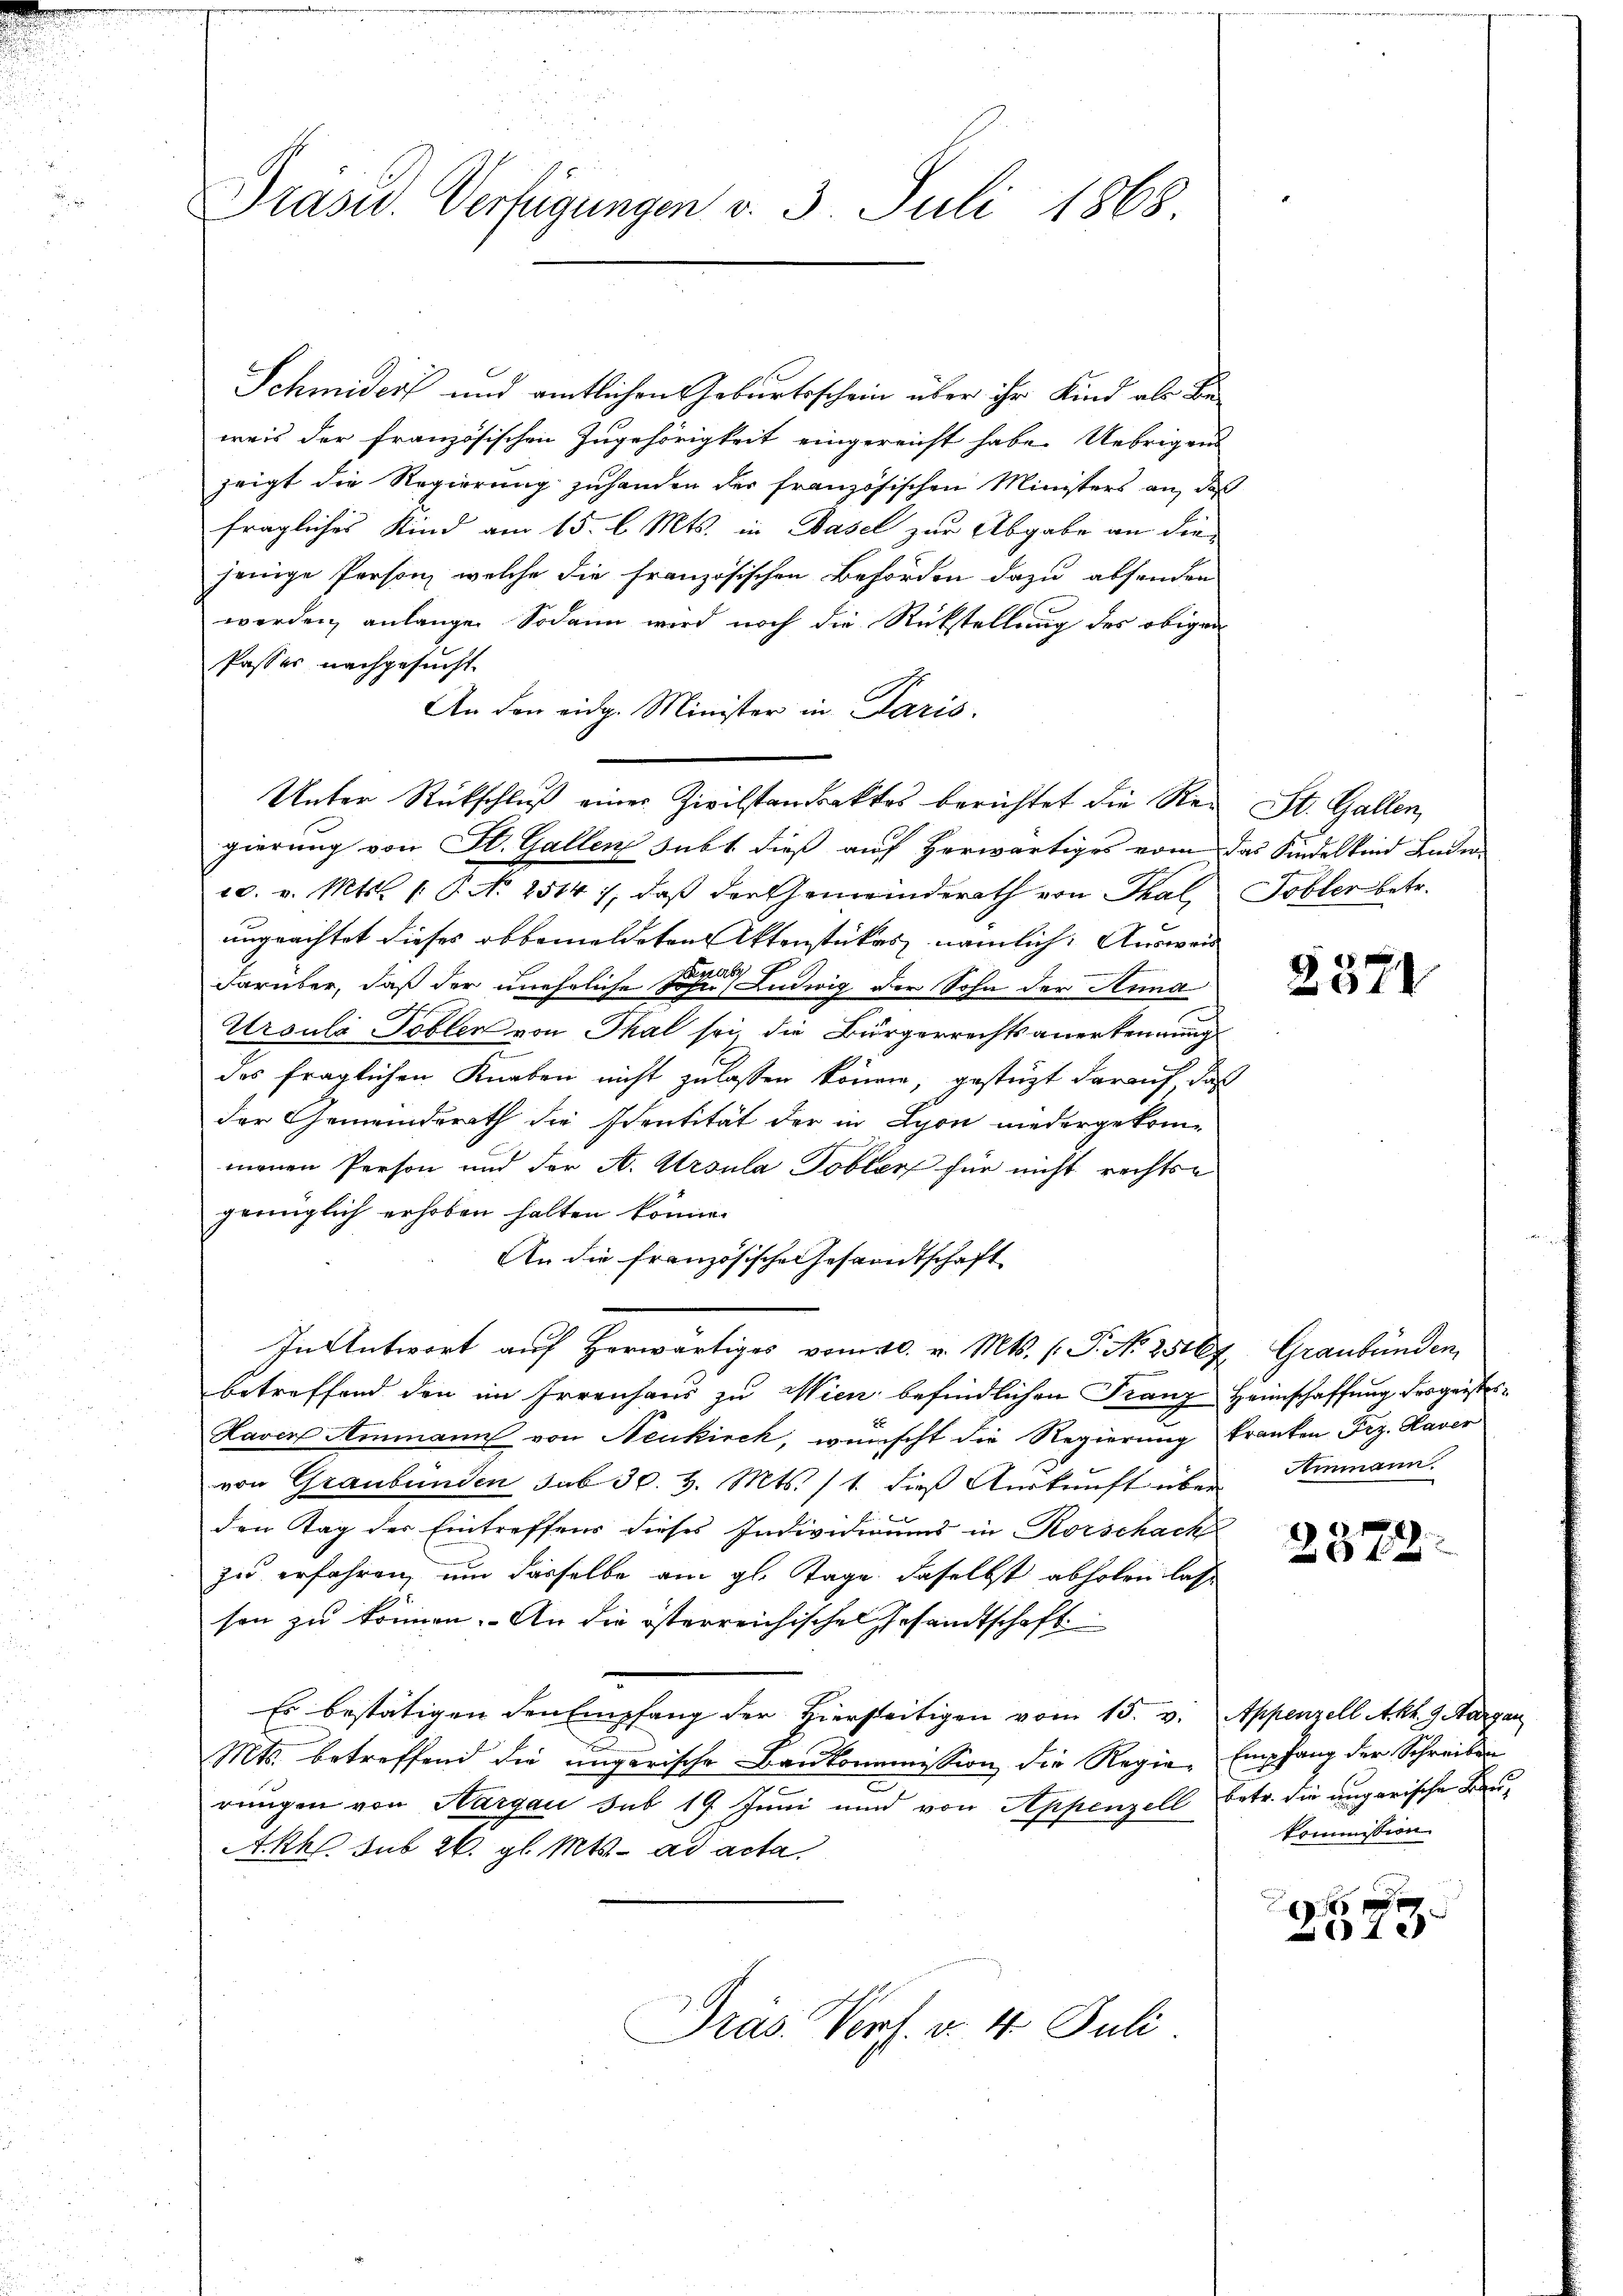
Präsid.. Verfügungen v. 3. Juli 1868.

Schmiders und amtlichen Geburtsschein über ihr Kind als Beweis der französischen Zugehörigkeit eingereicht habe. Uebrigens
zeigt die Regierung zuhanden der französischen Ministers an, daß
fragliches Kind am 15. d. Mts. in Basel zur Abgabe an die
jenige Person, welche die französischen Behörden dazu absenden
werden, anlange. Sodann wird noch die Rückstellung des obigen
Passer nachgesucht.
An den eidg. Minister in Paris.
Unter Rückschluß einer Zivilstandektes berichtet die Ren St. Gallen,
gierung von St. Gallen subt dieß auf Herwärtiges vom das Kindelkind Lade
10. v. Mts. 1. P. N. 2514), daß der Gemeinderath von Thal Tobler betr.
ungeachtet dieses obbemeldeten Aktenstückes nämlich. Ausweis
darüber, daß der uneheliche Sohn Ludwig der Sohn der Anna
Ursulä Tobler von Thal sei, die Bürgerrechts anerkennung
des fraglichen Knaben nicht zulassen könne, gestüzt darauf das
der Gemeindsrath die Eventität der in Lyon niedergekommenen Person und der A. Ursula Tobler für nicht rechtse
genüglich erhoben halten könne.
An die französische Gesandtschaft
In Antwort auf Horwärtiges vom 20. v. Mts. (T. N. 25167 Graubünden,
betreffend den im Irrenhaus zu Wien befindlichen Franz Heimschaffung der geister¬
Laven Ammann von Neukirch, wünscht die Regierung tranten Frz. Haver
von Graubünden sub 30. v. Mts. 11. dieß Auskunft über Niemann.
den Tag der Eintreffens dieses Individiums in Rorschack
zu erfahren, um dasselbe am gl. Tage daselbst abholen lass
son zu können. An die österreichisches Gesandtschaft
Es bestätigen den Empfang der Hierseitigen vom 15. v. Appenzell Akh. 9 Aargau
Mts. betreffend die ungerische Baukommission die Regia, Empfang der Schreiben
rungen von Nargau sub 19 Juni und von Appenzell betr. die ungarische Bau¬
Akk. sub 26. gl. Mts. ad acta
Präs. Vers. v. 4. Juli.

2371

2372.

kommission.

6 x
 28